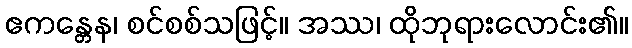
ဧကန္တေန၊ စင်စစ်သဖြင့်။ အဿ၊ ထိုဘုရားလောင်း၏။